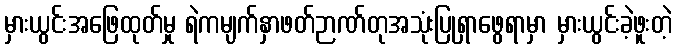
မှားယွင်းအဖြေထုတ်မှု ရဲကမျက်နှာဖတ်ဉာဏ်တုအသုံးပြုရှာဖွေရာမှာ မှားယွင်းခဲ့ဖူးတဲ့